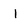
Character: I